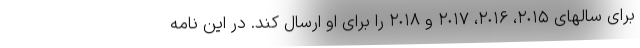
برای سالهای ٢٠١۵، ٢٠١۶، ٢٠١٧ و ٢٠١٨ را برای او ارسال کند. در این نامه